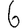
Digit: 6